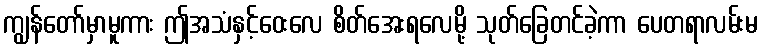
ကျွန်တော်မှာမူကား ဤအသံနှင့်ဝေးလေ စိတ်အေးရလေမို့ သုတ်ခြေတင်ခဲ့ကာ ပေတရာလမ်းမ